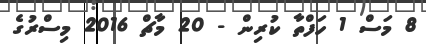
8 މަސް 1 ހަފްތާ ކުރިން - 20 މާޗް 2016 މިސްރުގެ